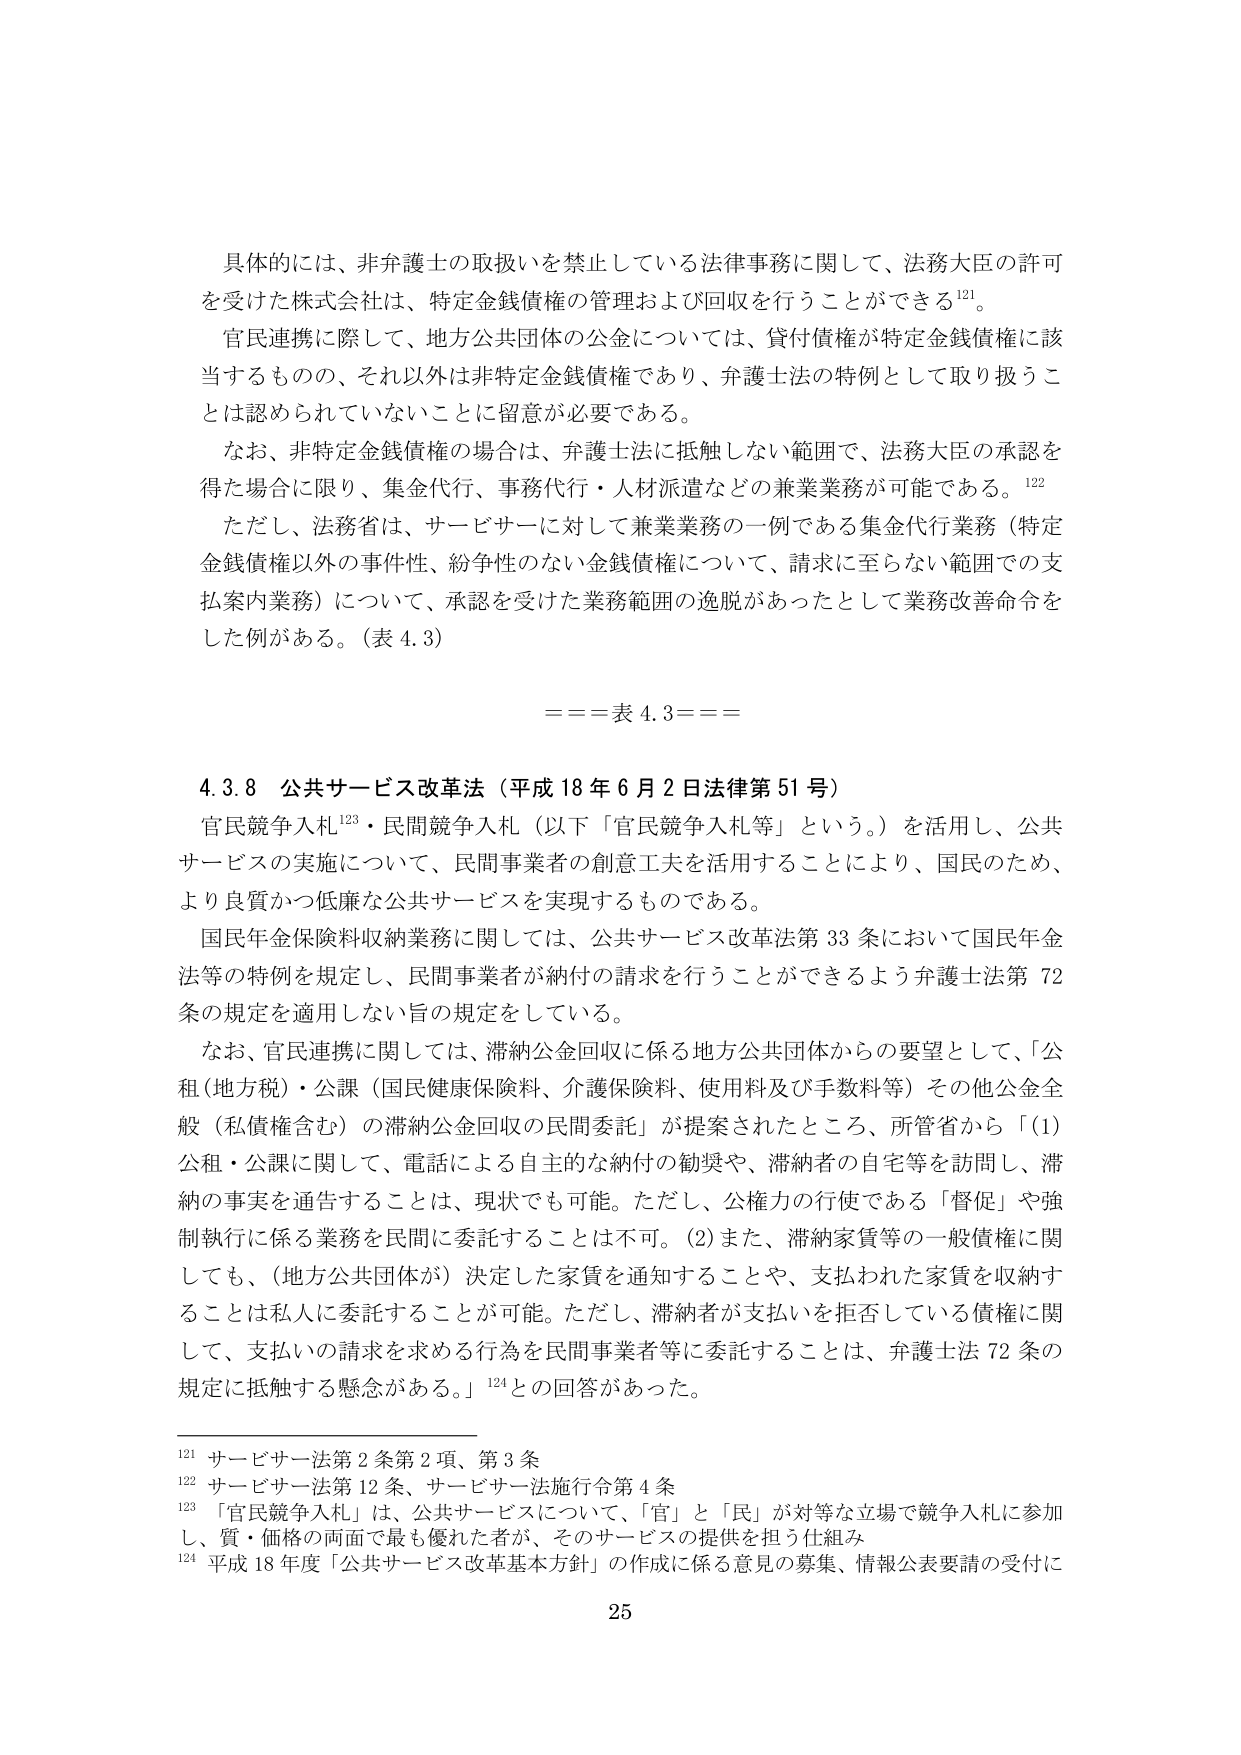
具体的には、非弁護士の取扱いを禁止している法律事務に関して、法務大臣の許可を受けた株式会社は、特定金銭債権の管理および回収を行うことができる¹²¹。

官民連携に際して、地方公共団体の公金については、貸付債権が特定金銭債権に該当するものの、それ以外は非特定金銭債権であり、弁護士法の特例として取り扱うことは認められていないことに留意が必要である。

なお、非特定金銭債権の場合は、弁護士法に抵触しない範囲で、法務大臣の承認を得た場合に限り、集金代行、事務代行・人材派遣などの兼業業務が可能である。¹²²

ただし、法務省は、サービサーに対して兼業業務の一例である集金代行業務（特定金銭債権以外の事件性、紛争性のない金銭債権について、請求に至らない範囲での支払案内業務）について、承認を受けた業務範囲の逸脱があったとして業務改善命令をした例がある。（表 4.3）

=== 表 4.3 ===

4.3.8 公共サービス改革法（平成 18 年 6 月 2 日法律第 51 号）

官民競争入札¹²³・民間競争入札（以下「官民競争入札等」という。）を活用し、公共サービスの実施について、民間事業者の創意工夫を活用することにより、国民のため、より良質かつ低廉な公共サービスを実現するものである。

国民年金保険料収納業務に関しては、公共サービス改革法第 33 条において国民年金法等の特例を規定し、民間事業者が納付の請求を行うことができるよう弁護士法第 72 条の規定を適用しない旨の規定をしている。

なお、官民連携に関しては、滞納公金回収に係る地方公共団体からの要望として、「公租（地方税）・公課（国民健康保険料、介護保険料、使用料及び手数料等）その他公金全般（私債権含む）の滞納公金回収の民間委託」が提案されたところ、所管省から「（1）公租・公課に関して、電話による自主的な納付の勧奨や、滞納者の自宅等を訪問し、滞納の事実を通告することは、現状でも可能。ただし、公権力の行使である「督促」や強制執行に係る業務を民間に委託することは不可。（2）また、滞納家賃等の一般債権に関しても、（地方公共団体が）決定した家賃を通知することや、支払われた家賃を収納することは私人に委託することが可能。ただし、滞納者が支払いを拒否している債権に関して、支払いの請求を求める行為を民間事業者等に委託することは、弁護士法 72 条の規定に抵触する懸念がある。」¹²⁴との回答があった。

¹²¹ サービサー法第 2 条第 2 項、第 3 条
¹²² サービサー法第 12 条、サービサー法施行令第 4 条
¹²³ 「官民競争入札」は、公共サービスについて、「官」と「民」が対等な立場で競争入札に参加し、質・価格の両面で最も優れた者が、そのサービスの提供を担う仕組み
¹²⁴ 平成 18 年度「公共サービス改革基本方針」の作成に係る意見の募集、情報公表要請の受付に

25